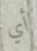
أي